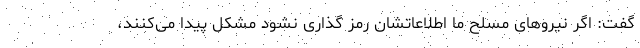
گفت: اگر نیروهای مسلح ما اطلاعاتشان رمز گذاری نشود مشکل پیدا می‌کنند،